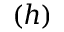
( h )